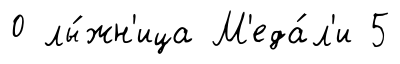
0 лы́жн'ица М'еда́л'и 5